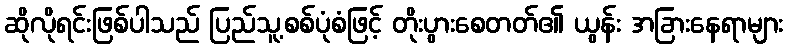
ဆိုလိုရင်းဖြစ်ပါသည် ပြည်သူ့စစ်ပုံစံဖြင့် တိုးပွားစေတတ်၏ ယွန်း အခြားနေရာများ